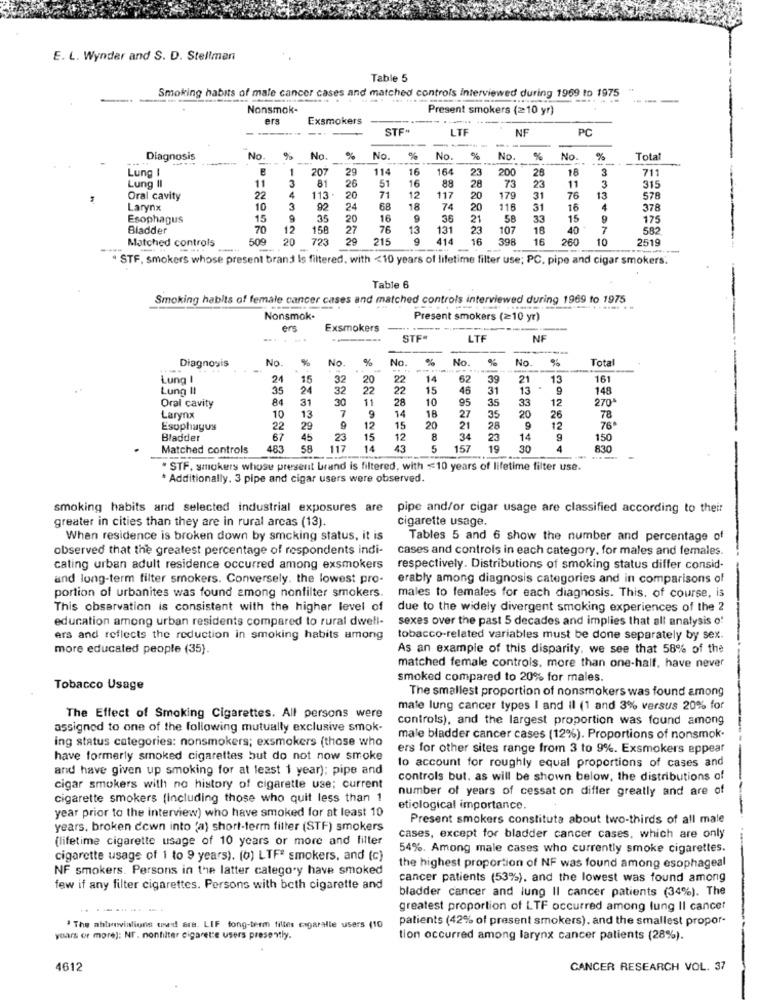
E. L. Wynder and S. D. Stellman
Table 5
Smoking habits of male cancer cases and matched controls interviewed during 1969 to 1975
-------
Nonsmok-
Present smokers (=10 yr)
ers
Exsmokers
STF"
LTF
NF
PC
-- -
Diagnosis
No.
%
No.
%
No.
%
No.
%
No.
%
No. %
Total
Lung I
207
29
114
16
164
200
18
3
711
11
81
26
16
88
23
73
23
3
Lung II
3
113.
51
28
11
315
Oral cavity
22
A
20
71
12
117
20
179
31
76
13
578
Larynx
10
3
92
24
68
18
74
20
116
31
16
378
Esophagus
15
35
20
16
9
36
21
58
33
15
9
175
Bladder
70
12
156
27
76
13
131
23
10
18
40
7
582
Matched controls
509
20
723
29
215
414
16
398
16
260
10
2519
. STF, smokers whose present brand Is filtered, with <10 years of lifetime filter use; PC, pipe and cigar smokers.
Table 6
Smoking habits of female cancer cases and matched controls interviewed during 1969 to 1975
Nonsmok-
Present smokers (≥10 yr)
ers
Exsmokers
..
-----..
STF“
LTE
NF
--
Diagnosis
No.
%
No.
%
No. %
No.
%
No.
%
Total
..
----.
Lung I
24
15
32
20
22
14
62
39
21
13
161
Lung !!
35
32
22
22
15
46
31
13
148
84
31
30
11
28
10
95
35
33
12
270'
Oral cavity
13
7
9
14
18
27
20
26
Larynx
10
35
78
Esophagus
22
29
9
12
15
20
21
28
9
12
76ª
Bladder
67
45
23
15
12
8
34
23
14
150
Matched controls
483
58
117
14
43
5
157
19
30
4
830
" STF, smokers whose present brand is filtered, with =10 years of lifetime filter use.
* Additionally. 3 pipe and cigar users were observed.
smoking habits and selected industrial exposures are pipe and/or cigar usage are classified according to their
greater in cities than they are in rural arcas (13)
cigarette usage.
When residence is broken down by smcking status, it is
Tables 5 and 6 show the number and percentage of
observed that the greatest percentage of respondents indi-
cases and controls in each category, for males and females.
cating urban adult residence occurred among exsmokers
respectively. Distributions of smoking status differ consid-
and long-term filter smokers. Conversely. the lowest pro-
erably among diagnosis categories and in comparisons of
portion of urbanites was found among nonfilter smokers.
males to females for each diagnosis. This, of course, is
This observation is consistent with the higher level of
due to the widely divergent smoking experiences of the 2
education among urban residents compared to rural dwell-
sexes over the past 5 decades and implies that all analysis o'
ers and reflects the reduction in smoking habits among
tobacco-related variables must be done separately by sex.
more educated people (35).
As an example of this disparity, we see that 58% of the
matched female controls, more than one-half, have never
smoked compared to 20% for males.
Tobacco Usage
The smallest proportion of nonsmokers was found among
male lung cancer types I and il (1 and 3% versus 20% for
The Effect of Smoking Cigarettes. All persons were
controls), and the largest proportion was found among
assigned to one of the following mutually exclusive smok-
ing status categories: nonsmokers; exsmokers (those who
male bladder cancer cases (12%). Proportions of nonsmok.
ers for other sites range from 3 to 9%. Exsmokers appear
have formerly smoked cigarettes but do not now smoke
and have given up smoking for at least 1 year); pipe and
to account for roughly equal proportions of cases and
controls but. as will be shown below, the distributions of
cigar smokers with no history of cigarette use; current
number of years of cessat on differ greatly and are of
cigarette smokers (Including those who quit less than 1
year prior to the interview) who have smoked for at least 10
etiological importance.
Present smokers constituta about two-thirds of all male
years, broken down into (a) short-term filter (STF) smokers
(lifetime cigarette usage of 10 years or more and filter
cases, except for bladder cancer cases, which are only
54%. Among male cases who currently smoke cigarettes.
cigarette usage of 1 to 9 years). (0) LTFª smokers, and (c)
NF smokers. Persons in the latter category have smoked
the highest proportion of NF was found among esophageal
cancer patients (53%), and the lowest was found among
few if any filter cigarettes. Persons with both cigarette and
bladder cancer and lung Il cancer patients (34%). The
greatest proportion of LTF occurred among lung II cancer
patients (42% of present smokers), and the smallest propor-
. The ahlinvialions used are. LIF fong-term filles cigaralle users (10
years or more): NT. nonfilter cigarette users presently.
tion occurred among larynx cancer patients (28%).
4612
CANCER RESEARCH VOL. 37